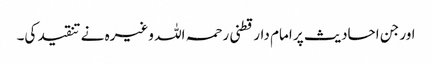
اور جن احادیث پر امام دارقطنی رحمہ اللہ وغیرہ نے تنقید کی۔